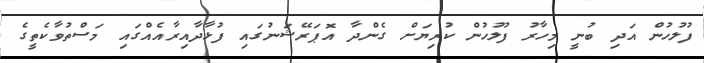
ފުލުހުން އަދި ބުނީ މިހާރު ފުލުހުން ކުރިޔަށް ގެންދާ އޮޕަރޭޝަނުގައި ފުޅާދާއިރާއެއްގައި މަސްތުވާކެތީގެ